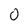
Character: 0